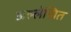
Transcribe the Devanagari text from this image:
अल्लेखित